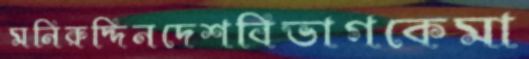
মনিরুদ্দিনদেশবিভাগকেমা